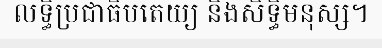
លទ្ធិប្រជាធិបតេយ្យ និងសិទ្ធិមនុស្ស។